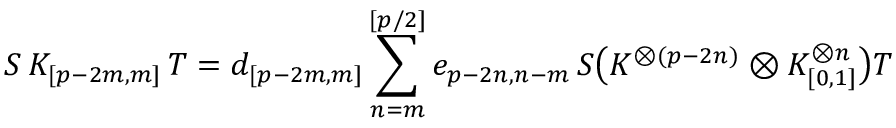
S \, K _ { [ p - 2 m , m ] } \, T = d _ { [ p - 2 m , m ] } \sum _ { n = m } ^ { [ p / 2 ] } e _ { p - 2 n , n - m } \, S \bigl ( K ^ { \otimes ( p - 2 n ) } \otimes K _ { [ 0 , 1 ] } ^ { \otimes n } \bigr ) T